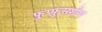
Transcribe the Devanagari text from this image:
फुप्फुसशोथ